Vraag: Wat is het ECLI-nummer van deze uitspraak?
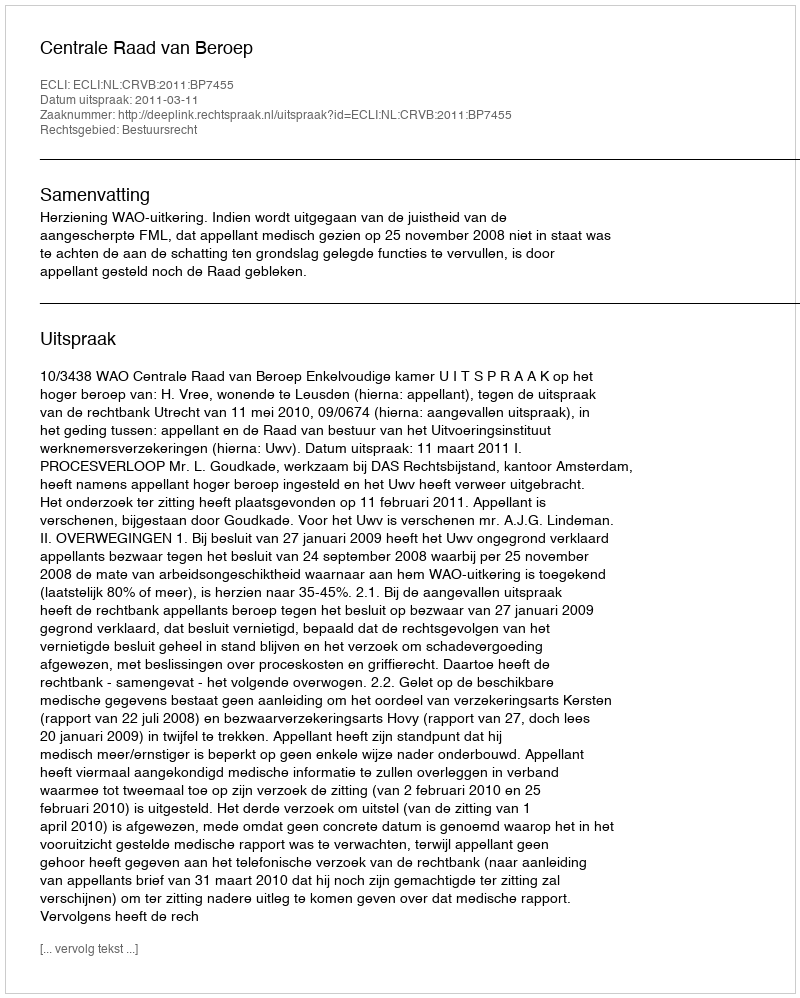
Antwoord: ECLI:NL:CRVB:2011:BP7455